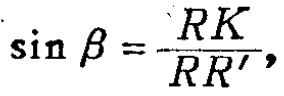
\(\sin \beta = \frac{RK}{RR'},\)